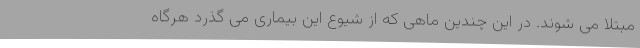
مبتلا می شوند. در این چندین ماهی که از شیوع این بیماری می گذرد هرگاه